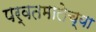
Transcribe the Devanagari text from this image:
पर्वतमालेच्या